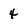
Character: 4